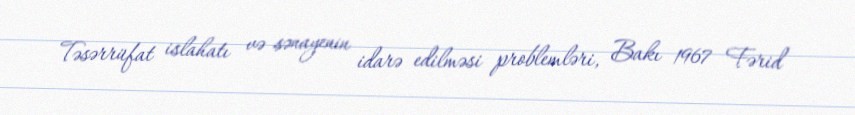
Təsərrüfat islahatı və sənayenin idarə edilməsi problemləri, Bakı 1967 Fərid